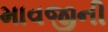
માવજીની